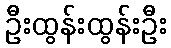
ဦးထွန်းထွန်းဦး